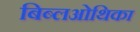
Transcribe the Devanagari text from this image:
बिब्लओथिका